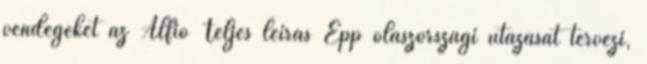
vendégeket az Alfio Teljes leírás Épp olaszországi utazását tervezi,